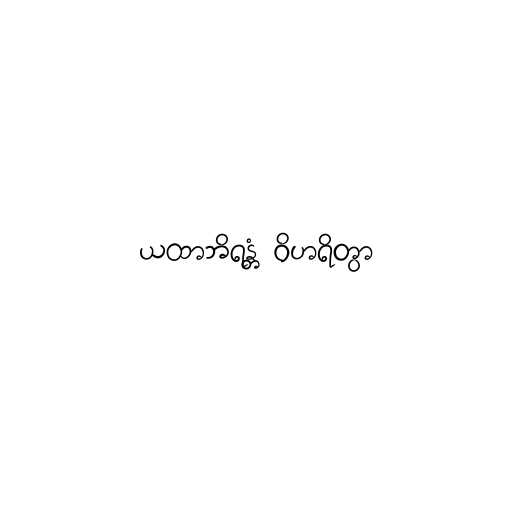
ယထာဘိရန္တံ ဝိဟရိတွာ